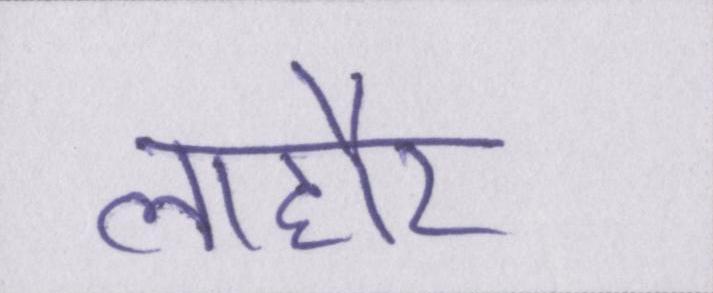
लाहौर